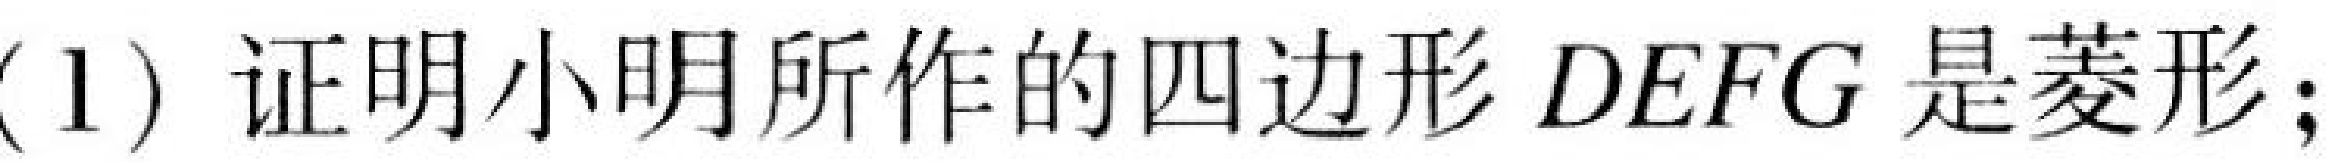
(1) 证明小明所作的四边形 \(DEFG\) 是菱形；